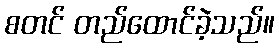
စတင် တည်ထောင်ခဲ့သည်။